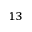
^ { 1 3 }